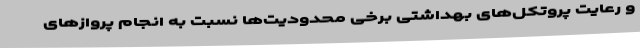
و رعایت پروتکل‌های بهداشتی برخی محدودیت‌ها نسبت به انجام پروازهای